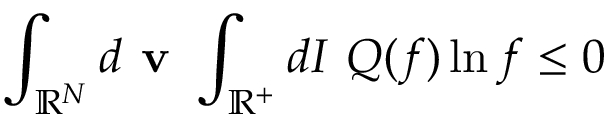
\int _ { \mathbb { R } ^ { N } } d \textbf { v } \int _ { \mathbb { R } ^ { + } } d I \ Q ( f ) \ln f \leq 0